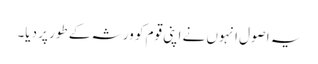
یہ اصول انہوں نے اپنی قوم کو ورثہ کے طور پر دیا۔